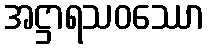
အဋ္ဌာရသဝဿော